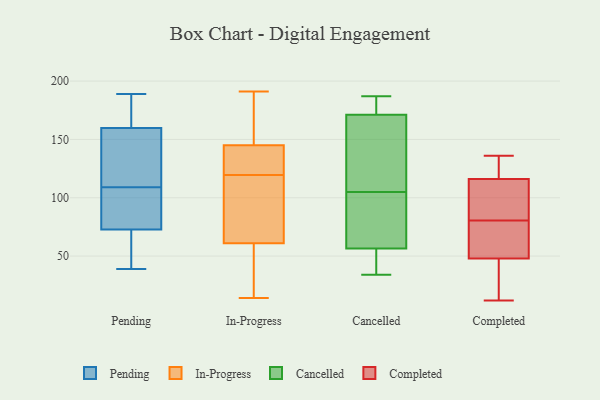
{"axis": {"x": "Latency (ms)", "y": "Value"}, "legend": ["Cancelled", "Completed", "In-Progress", "Pending"], "data": [{"x": "", "y": 126, "type": "Pending"}, {"x": "", "y": 187, "type": "Pending"}, {"x": "", "y": 109, "type": "Pending"}, {"x": "", "y": 97, "type": "Pending"}, {"x": "", "y": 105, "type": "Pending"}, {"x": "", "y": 75, "type": "Pending"}, {"x": "", "y": 184, "type": "Pending"}, {"x": "", "y": 57, "type": "Pending"}, {"x": "", "y": 144, "type": "Pending"}, {"x": "", "y": 66, "type": "Pending"}, {"x": "", "y": 153, "type": "Pending"}, {"x": "", "y": 189, "type": "Pending"}, {"x": "", "y": 58, "type": "Pending"}, {"x": "", "y": 180, "type": "Pending"}, {"x": "", "y": 85, "type": "Pending"}, {"x": "", "y": 125, "type": "Pending"}, {"x": "", "y": 39, "type": "Pending"}, {"x": "", "y": 92, "type": "In-Progress"}, {"x": "", "y": 112, "type": "In-Progress"}, {"x": "", "y": 100, "type": "In-Progress"}, {"x": "", "y": 139, "type": "In-Progress"}, {"x": "", "y": 115, "type": "In-Progress"}, {"x": "", "y": 18, "type": "In-Progress"}, {"x": "", "y": 31, "type": "In-Progress"}, {"x": "", "y": 124, "type": "In-Progress"}, {"x": "", "y": 152, "type": "In-Progress"}, {"x": "", "y": 14, "type": "In-Progress"}, {"x": "", "y": 174, "type": "In-Progress"}, {"x": "", "y": 133, "type": "In-Progress"}, {"x": "", "y": 191, "type": "In-Progress"}, {"x": "", "y": 35, "type": "In-Progress"}, {"x": "", "y": 19, "type": "In-Progress"}, {"x": "", "y": 130, "type": "In-Progress"}, {"x": "", "y": 148, "type": "In-Progress"}, {"x": "", "y": 142, "type": "In-Progress"}, {"x": "", "y": 87, "type": "In-Progress"}, {"x": "", "y": 163, "type": "In-Progress"}, {"x": "", "y": 50, "type": "Cancelled"}, {"x": "", "y": 151, "type": "Cancelled"}, {"x": "", "y": 179, "type": "Cancelled"}, {"x": "", "y": 121, "type": "Cancelled"}, {"x": "", "y": 89, "type": "Cancelled"}, {"x": "", "y": 178, "type": "Cancelled"}, {"x": "", "y": 76, "type": "Cancelled"}, {"x": "", "y": 47, "type": "Cancelled"}, {"x": "", "y": 34, "type": "Cancelled"}, {"x": "", "y": 187, "type": "Cancelled"}, {"x": "", "y": 105, "type": "Cancelled"}, {"x": "", "y": 110, "type": "Completed"}, {"x": "", "y": 122, "type": "Completed"}, {"x": "", "y": 122, "type": "Completed"}, {"x": "", "y": 83, "type": "Completed"}, {"x": "", "y": 12, "type": "Completed"}, {"x": "", "y": 27, "type": "Completed"}, {"x": "", "y": 31, "type": "Completed"}, {"x": "", "y": 65, "type": "Completed"}, {"x": "", "y": 68, "type": "Completed"}, {"x": "", "y": 136, "type": "Completed"}, {"x": "", "y": 78, "type": "Completed"}, {"x": "", "y": 86, "type": "Completed"}]}